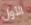
الأول